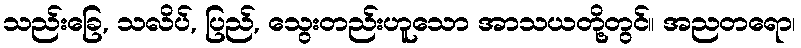
သည်းခြေ, သလိပ်, ပြည်, သွေးတည်းဟူသော အာသယတို့တွင်။ အညတရော၊